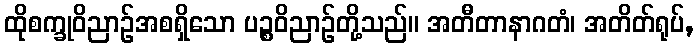
ထိုစက္ခုဝိညာဉ်အစရှိသော ပဉ္စဝိညာဉ်တို့သည်။ အတီတာနာဂတံ၊ အတိတ်ရုပ်,